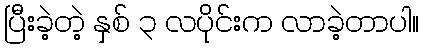
ပြီးခဲ့တဲ့ နှစ် ၃ လပိုင်းက လာခဲ့တာပါ။